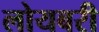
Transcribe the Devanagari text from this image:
लोयबरी